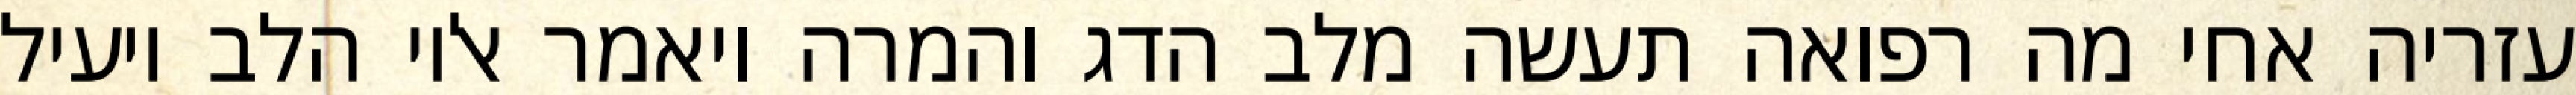
עזריה אחי מה רפואה תעשה מלב הדג והמרה ויאמר אליו הלב יועיל